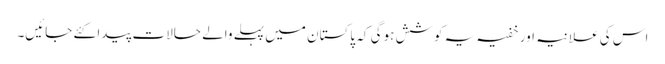
اس کی علانیہ اور خفیہ یہ کوشش ہوگی کہ پاکستان میں پہلے والے حالات پیدا کئے جائیں۔